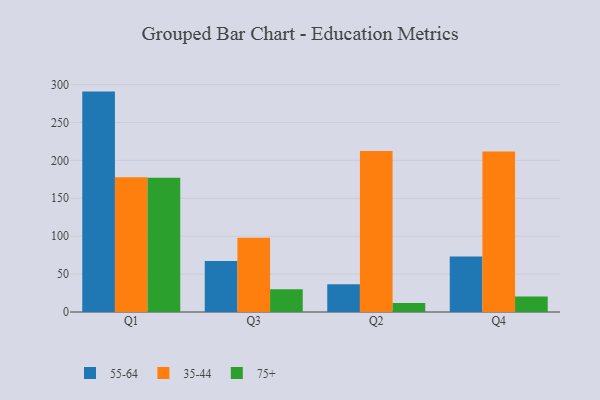
{"axis": {"x": "Quarter", "y": "Bounce Rate (%)"}, "legend": ["35-44", "55-64", "75+"], "data": [{"x": "Q1", "y": 290.7, "type": "55-64"}, {"x": "Q1", "y": 177.7, "type": "35-44"}, {"x": "Q1", "y": 177.0, "type": "75+"}, {"x": "Q3", "y": 67.4, "type": "55-64"}, {"x": "Q3", "y": 97.9, "type": "35-44"}, {"x": "Q3", "y": 30.0, "type": "75+"}, {"x": "Q2", "y": 36.5, "type": "55-64"}, {"x": "Q2", "y": 212.5, "type": "35-44"}, {"x": "Q2", "y": 11.8, "type": "75+"}, {"x": "Q4", "y": 73.1, "type": "55-64"}, {"x": "Q4", "y": 211.8, "type": "35-44"}, {"x": "Q4", "y": 20.5, "type": "75+"}]}